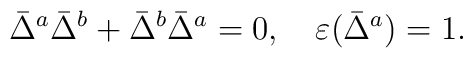
\bar{\Delta}^a\bar{\Delta}^b+\bar{\Delta}^b\bar{\Delta}^a=0,\quad\varepsilon(\bar{\Delta}^a)=1.